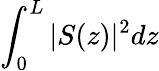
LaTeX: \int_{0}^{L}\vert S(z)\vert^{2}dz